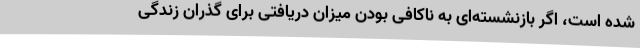
شده است، اگر بازنشسته‌ای به ناکافی بودن میزان دریافتی برای گذران زندگی